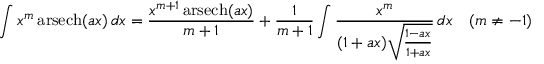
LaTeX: \int x ^ { m } \operatorname { a r s e c h } ( a x ) \, d x = { \frac { x ^ { m + 1 } \operatorname { a r s e c h } ( a x ) } { m + 1 } } + { \frac { 1 } { m + 1 } } \int { \frac { x ^ { m } } { ( 1 + a x ) { \sqrt { \frac { 1 - a x } { 1 + a x } } } } } \, d x \quad ( m \neq - 1 )